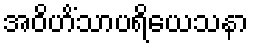
အဝိဟိံသာပရိယေသနာ